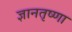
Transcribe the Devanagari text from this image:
ज्ञानतृष्णा